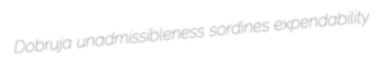
Dobruja unadmissibleness sordines expendability